Annual report of the Punjab Veterinary College and of the Civil Veterinary Department, Punjab - 1909-1919
Year: 1909
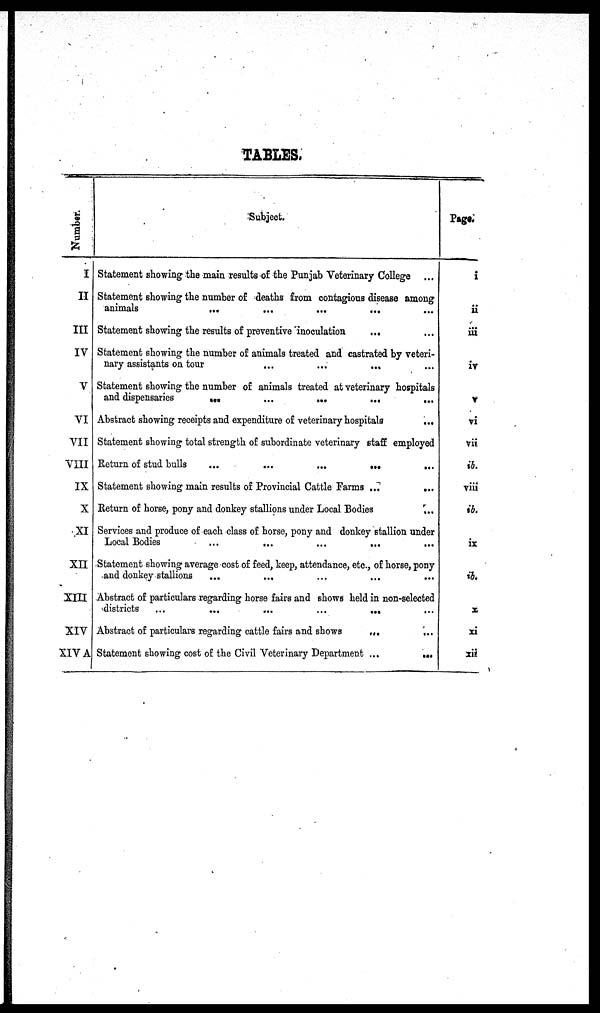
TABLES.
Number.
I
II
III
IV
V
VI
VII
VIII
IX
X
XI
XII
XIII
XIV
XIV A
Subject.
Statement showing the main results of the Punjab Veterinary College ...
Statement showing the number of deaths from contagious disease among
animals
...
...
...
...
Statement showing the results of preventive inoculation
... ...
Statement showing the number of animals treated and castrated by veteri-
nary assistants on tour
...
...
... ...
Statement showing the number of animals treated at veterinary hospitals
and dispensaries
...
...
...
...
...
Abstract showing receipts and expenditure of veterinary hospitals
...
Statement showing total strength of subordinate veterinary staff employed
Return of stud bulls
...
...
...
...
...
Statement showing main results of Provincial Cattle Farms ...
...
Return of horse, pony and donkey stallions under Local Bodies
...
Services and produce of each class of horse, pony and donkey stallion under
Local Bodies
...
...
...
...
...
Statement showing average cost of feed, keep, attendance, etc., of horse, pony
and donkey stallions ... ... ... ... ... ...
Abstract of particulars regarding horse fairs and shows held in non-selected
districts ...
...
...
...
...
Abstract of particulars regarding cattle fairs and shows
...
...
Statement showing cost of the Civil Veterinary Department ...
...
Page.
i
a
iii
iv
v
vi
vii
ib.
viii
ib.
ix
ib.
x
xi
xii